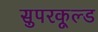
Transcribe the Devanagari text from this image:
सुपरकूल्ड